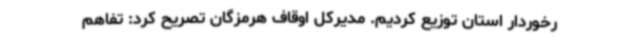
رخوردار استان توزیع کردیم. مدیرکل اوقاف هرمزگان تصریح کرد: تفاهم‌